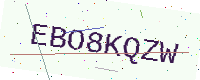
Text: EBO8KQZW